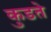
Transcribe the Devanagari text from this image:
कुडते